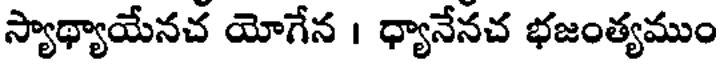
స్యాథ్యాయేనచ యోగేన । ధ్యానేనచ భజంత్యముం